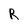
Character: R